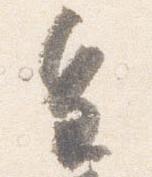
皇